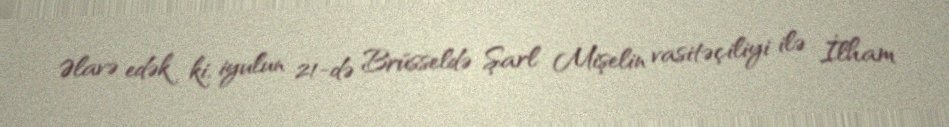
Əlavə edək ki, iyulun 21-də Brüsseldə Şarl Mişelin vasitəçiliyi ilə İlham